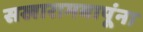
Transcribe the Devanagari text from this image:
सखारामबापूंना